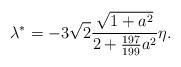
LaTeX: \begin{align*}\lambda^* = -3\sqrt2\frac{\sqrt{1+a^2}}{2+\frac{197}{199}a^2}\eta.\end{align*}